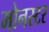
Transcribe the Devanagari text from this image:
मोनस्टर